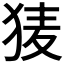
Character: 𭸌